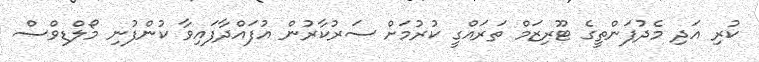
ކުރި އަދި މެދުފަންތީގެ ޓޫރިޒަމް ތަރައްގީ ކުރުމަށް ސަރުކާރުން އުފައްދާފައިވާ ކުންފުނި މޯލްޑިވްސް